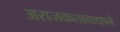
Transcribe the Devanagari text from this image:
अराजकतावाद्याने